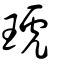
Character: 琥